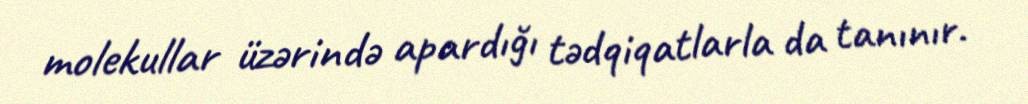
molekullar üzərində apardığı tədqiqatlarla da tanınır.